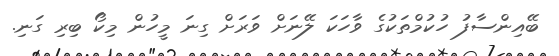
ބޭއިންސާފު ހުކުމްތަކުގެ ވާހަކަ ލޭނަށް ވަރަށް ގިނަ މީހުން މިކޯ ބިރި ގަނި.